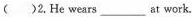
( )2.He wears___at work.